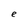
Character: e